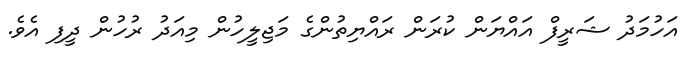
އަހުމަދު ޝަރީފް އައްޔަން ކުރަން ރައްޔިތުންގެ މަޖިލީހުން މިއަދު ރުހުން ދީފި އެވެ.